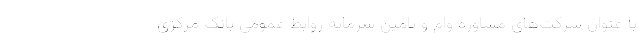
با عنوان شرکت‌های مشاوره وام و تامین سرمایه روابط عمومی بانک مرکزی